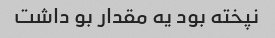
نپخته بود یه مقدار بو داشت